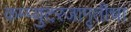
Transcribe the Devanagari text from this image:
कम्प्युटरजागृतीचा